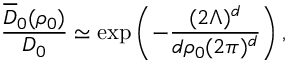
\frac { \overline { { D } } _ { 0 } ( \rho _ { 0 } ) } { D _ { 0 } } \simeq \exp \left( - \frac { ( 2 \Lambda ) ^ { d } } { d \rho _ { 0 } ( 2 \pi ) ^ { d } } \right) ,